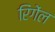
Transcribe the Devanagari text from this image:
रिंगेंल